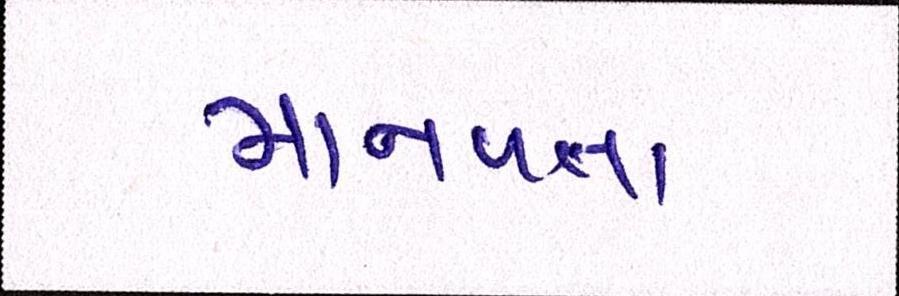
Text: માનવતા